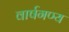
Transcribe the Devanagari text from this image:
वार्षगण्य